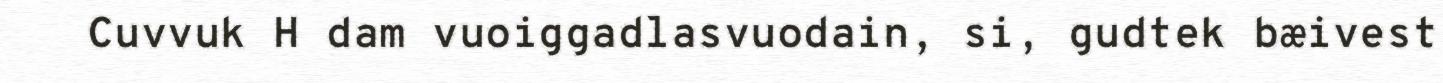
Cuvvuk H dam vuoiggadlasvuodain, si, gudtek bæivest